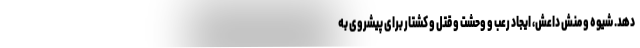
دهد. شیوه و منش داعش، ایجاد رعب و وحشت و قتل و کشتار برای پیشروی به